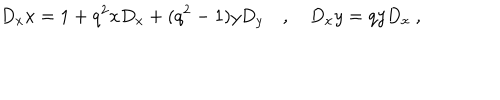
LaTeX: D _ { x } x = 1 + q ^ { 2 } x D _ { x } + ( q ^ { 2 } - 1 ) y D _ { y } \quad , \quad D _ { x } y = q y D _ { x } \ ,